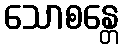
သောစန္တေ